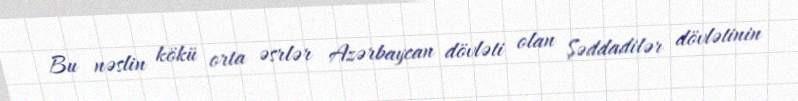
Bu nəslin kökü orta əsrlər Azərbaycan dövləti olan Şəddadilər dövlətinin